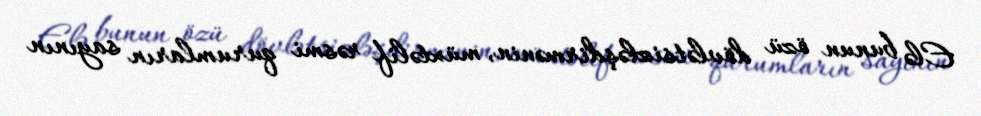
Elə bunun özü dövlətsizləşdirmənin, müxtəlif rəsmi qurumların sayının